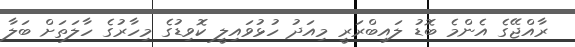
ރާއްޖޭގެ އެންމެ ބޮޑު ލައިބްރަރީ މިއަދު ހުޅުވައިލީ ކޮވިޑުގެ މިހާރުގެ ހާލަތަށް ބަލާ